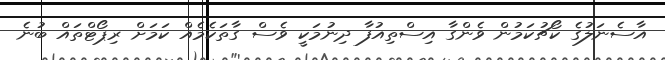
އާސެނަލުގެ ކޯޗުކަމުން ވެންގާ އިސްތިއުފާ ދިނުމަކީ ވެސް ގާތަކެމެއް ކަމަށް ރިޕޯޓްތައް ބުނެ